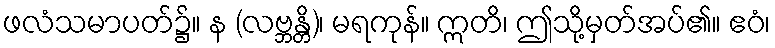
ဖလံသမာပတ်၌။ န (လဗ္ဘန္တိ)၊ မရကုန်။ ဣတိ၊ ဤသို့မှတ်အပ်၏။ ဧဝံ၊